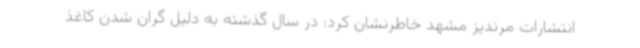
انتشارات مرندیز مشهد خاطرنشان کرد: در سال گذشته به دلیل گران شدن کاغذ